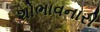
શોભાવનારી